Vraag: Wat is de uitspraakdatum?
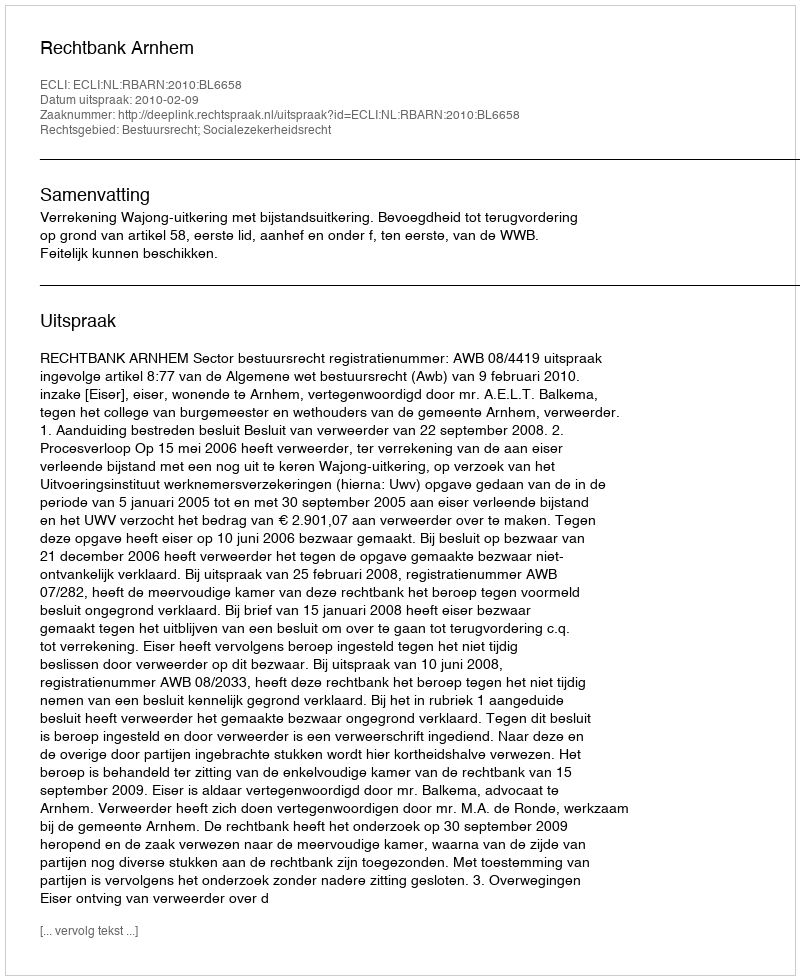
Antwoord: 2010-02-09